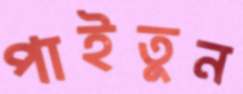
পাইতুন